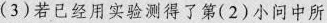
(3)若已经用实验测得了第(2)小问中所